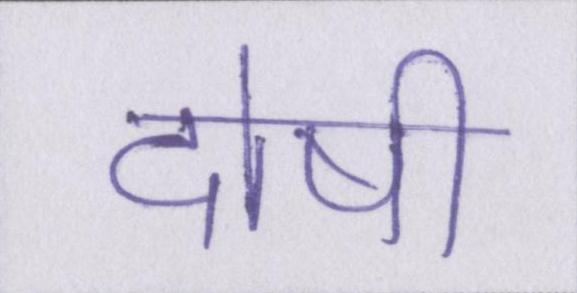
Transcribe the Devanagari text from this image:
दोषी